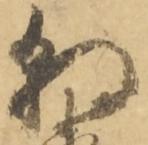
朝